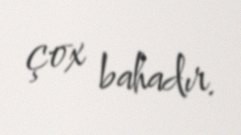
çox bahadır.